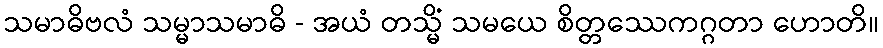
သမာဓိဗလံ သမ္မာသမာဓိ - အယံ တသ္မိံ သမယေ စိတ္တဿေကဂ္ဂတာ ဟောတိ။